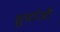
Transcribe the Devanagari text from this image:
सुर्याजी